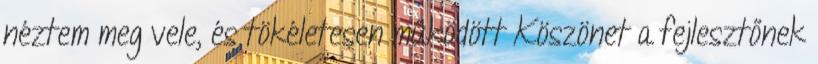
néztem meg vele, és tökéletesen működött Köszönet a fejlesztőnek